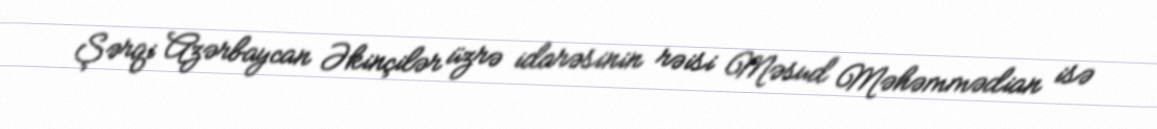
Şərqi Azərbaycan Əkinçilər üzrə idarəsinin rəisi Məsud Məhəmmədian isə